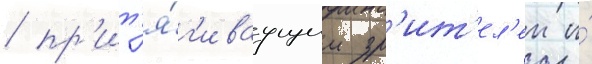
/ пр'ит'я́г'иваущим зр'ит'ел'еи и́